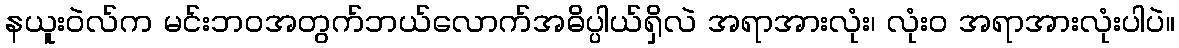
နယူးဝဲလ်က မင်းဘဝအတွက်ဘယ်လောက်အဓိပ္ပါယ်ရှိလဲ အရာအားလုံး၊ လုံး၀ အရာအားလုံးပါပဲ။